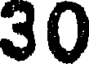
30